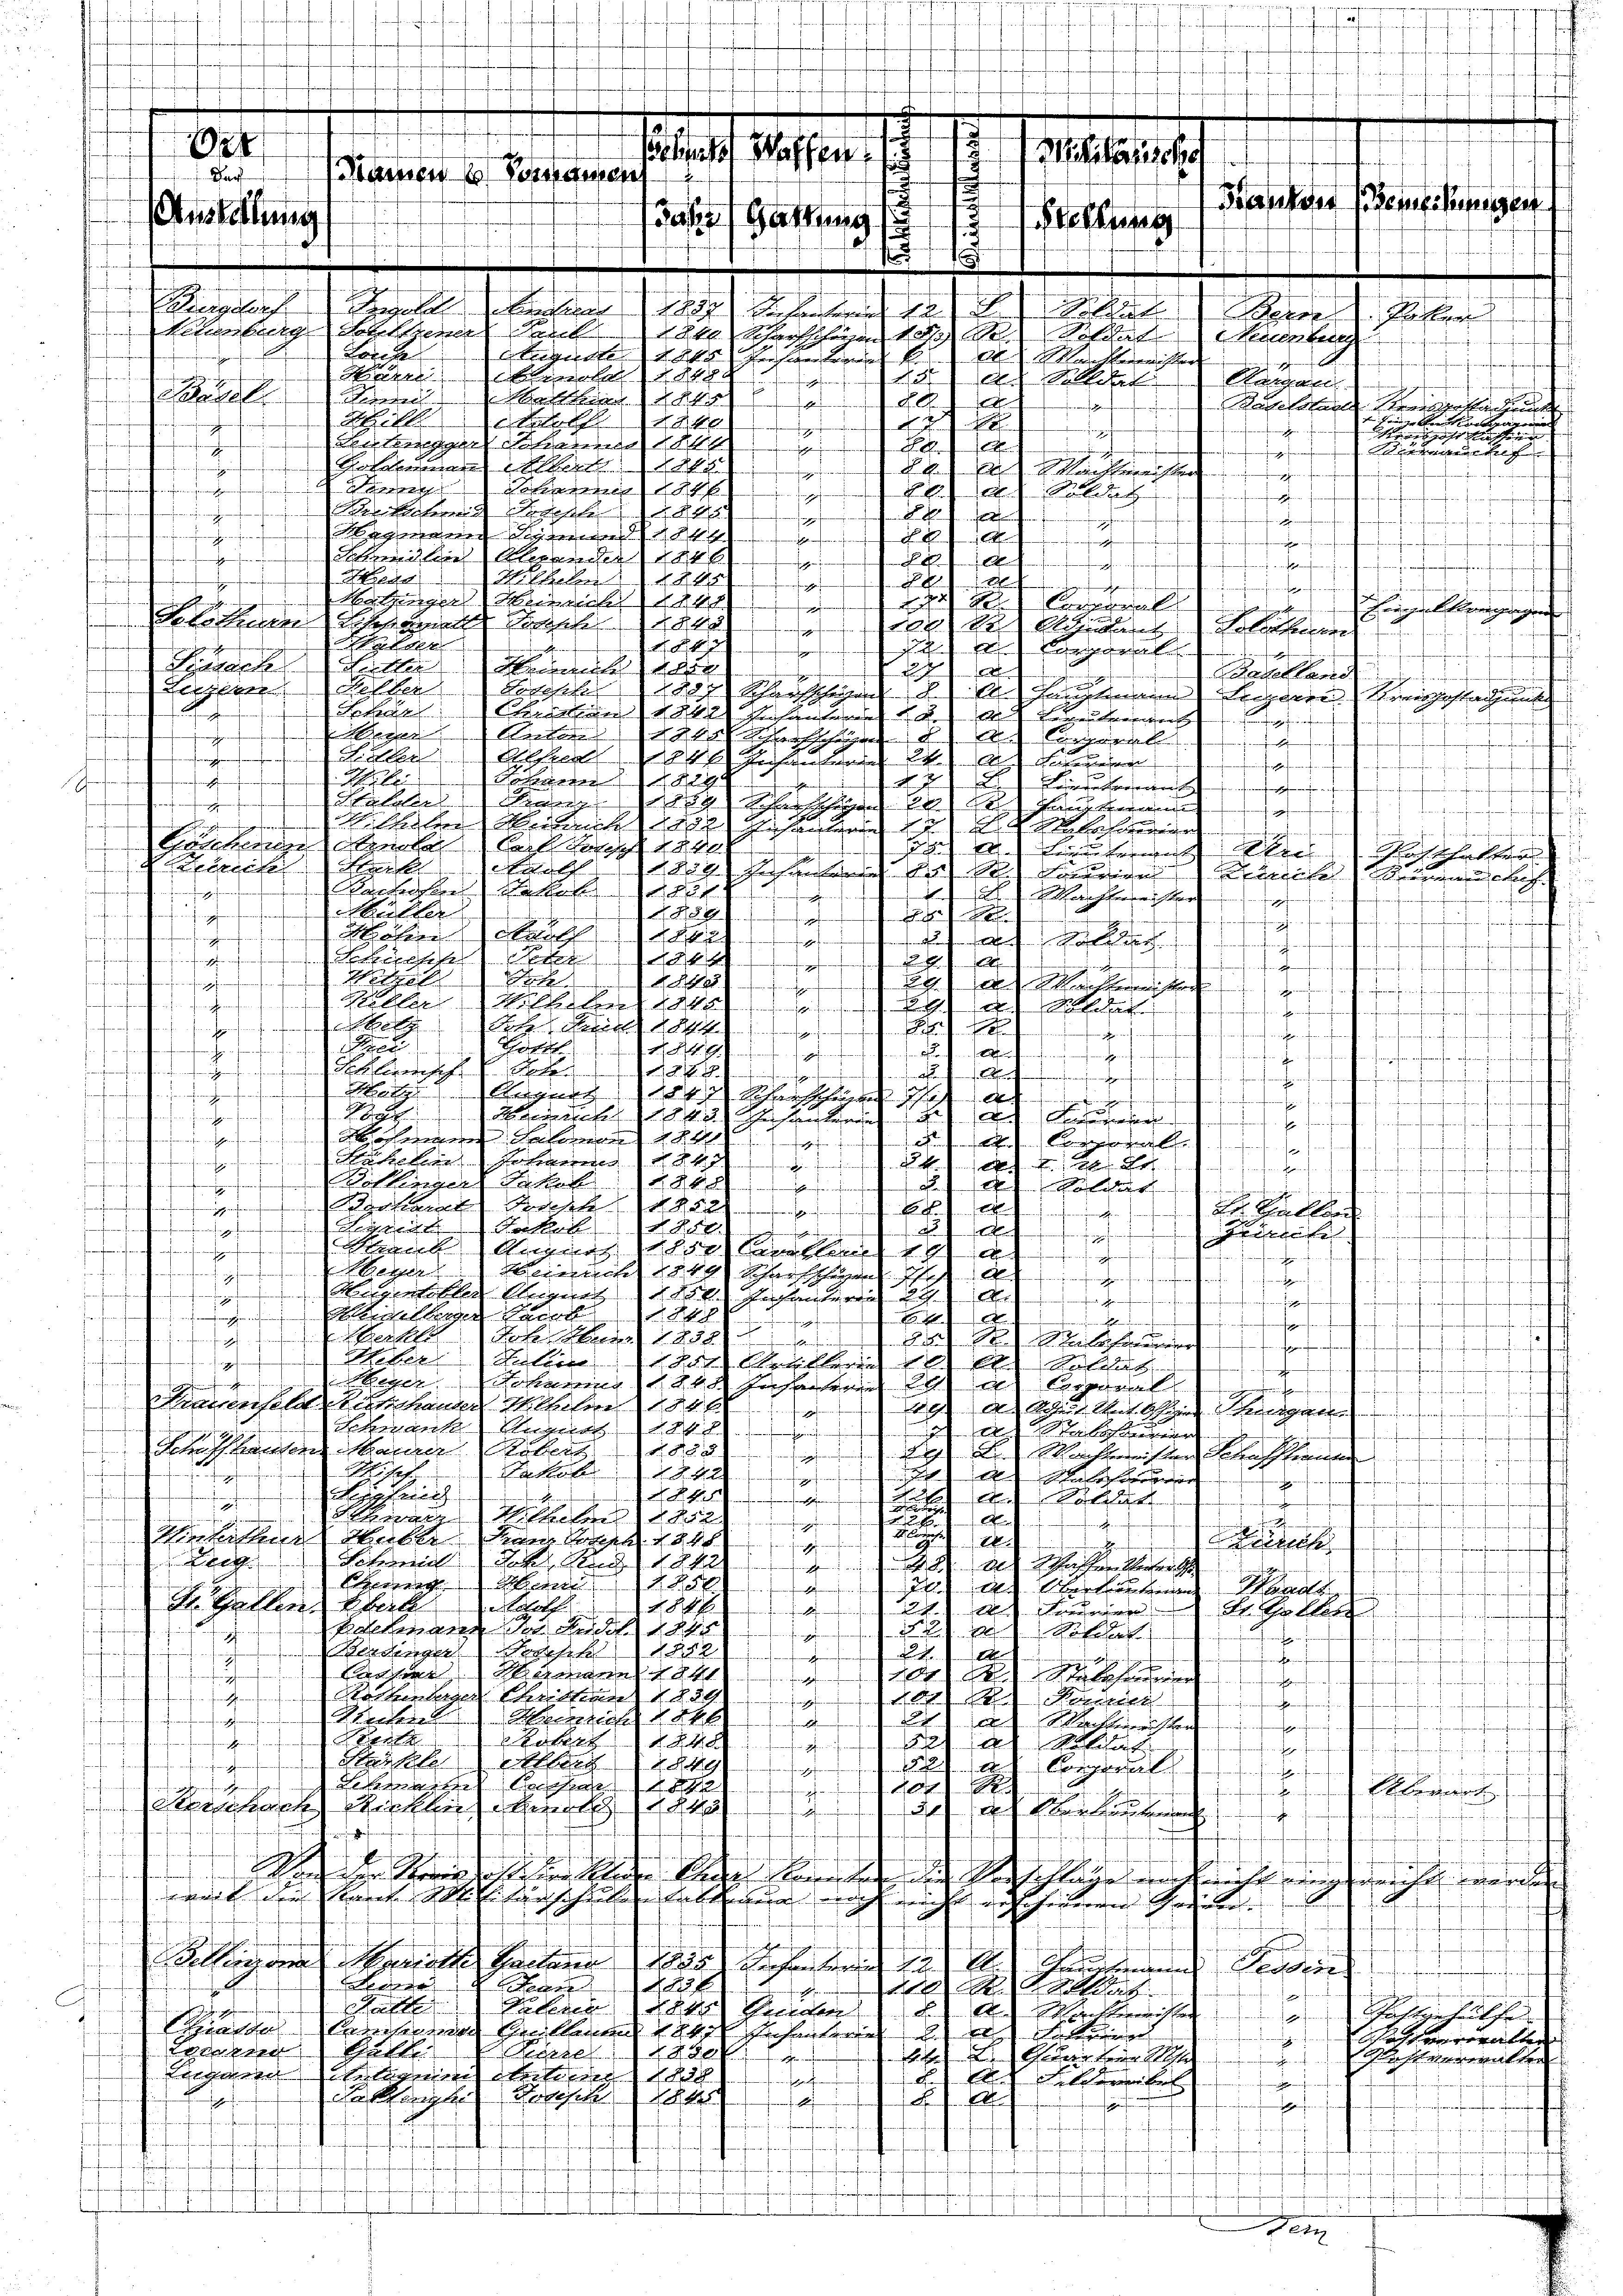
Wegen
Ruder
.
Schärer A. Corporell
.
ihohn
e
s
feren eine
Male
Sohrend 290
eseit hiesigen enfa
 2
e
.
s
Stellen Rang
ge

 Energer
f
an her
ekreten zu
Liechen Druck
Cartal 1891
Joges 14. Seiterer
a
n
el
se
enes Rech
.
2 Waffereichen
fe
anf unser gefreien unrich auch auf meisterien
Müller
889
fin freieraufen
 Jahr
.
forschriften fremdensen
.
t
Rohne schun

uh hat der
ucharfen sehen
h
f
44
4
f
senfragen feintreffend mit

1
f
h
i ne
Helle solle
 A
feifensen Beantreffen
hnen an
41

n
.
et
Tott
1849.
.
F
 effend
f
din ihren fünfmachten fre
21
a

e
fmeisern vernoffamanten

enchende unsere Bene¬
Holz Anges
aufman
 Sache ich al
beramten aufenen
i
188
Meile 1843
Demnachheim sein sein
 ds Grunden

ff
mrechten unfahren fin und eine fe
Woferner daher 1890
)Al
.
e ferne ne

Rehlen schnen 817

aechen auf geg aufen un
21. hat sie de
t
 nenne
aferfe
Rotkranch Lackel

.
A
tententenden de
Rate
Exe
.
e
d
.
Heiter Art.

fer
u
mich nie so nellen a
nedienechsene
nheiten heutenden
In mehr
eger
heanfanten sehen
 1 des
afe nach

neillen Regens sehen der le der
fenen

n
 Eier
888
u
e
1
frefeforschen
kahn 18
fruch auf
 f 0 x
 Mitt

Uber
Huliere
r Kelleinen gelas
f
.
finfund
eyer Schening 194 Jucharten
.
c Copul
nile in ein Malen 100 l
C
e
Scheit seit den Steuerge
f
Schank durch
fhe
 as Stabschauern
7
 sein eine Arbeit
 888
Schriften Ans
u
Misch
akab
X S. 42
.

gleich
t

d Sellat

e
a

rau Silber
efen
s
.
f
nwochen
f

hillen eben de
s
i
Jam Gang ein der
und
a

ohin ich und eine ab sie be
t
f
Sinner Man 1450

in ich auch und Miet
d. Gallers hab
fe
Lohof
84 x
 121. 14.
d. Aller
Poelmann in d
f
 Hafe
.
mfang in die
.
t
ardingen Rath 1822 d
.
i

Lache
Samnat 1841
nherenischen anden
02 ff.
.
f
Noten den 1859
andmanne früheren
A
Kedrich
veffen

Seiten

.
Machtersten
x
Rente
Rokes
fenfchend
ff
h
al Molit
. . . .
.
Reise a
manten, nahme nach sehen
Comparal

afen falschwerferfen
Rebmann Sachen
.
10
seine Gemeinen hat er in

Sensack wirklin 1849

0

e
rufen.
t
 Sie in eine Beschlag nicht nich
anfanten
men und ist beschen hettin mich ich nach den sein
d
b
e
f
an in seinen der m

Ra
223 f
oine
Rak
wo finde
al
Siben hinein
2 Wassenschaf
Schieden keine und halten ehelich
.
Boden An
Kassel 1880
f

lihe an die
.
Linnen mit ih
Anle
a
.
deklagte Kols
A
s
.
.
fmachen anferen fe
amtf in man a
f ihn
n
afrechen
.
frühe
fenfeinfanten derfenen

hestehen des
Verkaufen gemachen
i
wesen rechen
t
x
u
.
fenheit auf ein
f
.
wochen deute nach

.
f
.
.
2
.
desses Schaffhaft
Militarische
ke oder den
Darf
E

Bautes Semessungen
n
if
ae Gattung
ehung
d
1
t

2
E
i
A
ore
Rehlen
at Schrift für 10 R.
Poldat
 Leuenberg
.
.
een der Be
A. Der Meister
anfanten
Mein blinde de
ffen
A
An Kle
Kassariel
e

e
Lehre
29

uel
feffen
Hingesehen
Still
d
2840
gut
der Seiten
n
.
14

anzeig
g
17 auch
A
tuf |

d
nvermehren
Gesammer Reg

22.) In Nichtenheit

gehenden
Scheune 1846
Alg

.
Rachen

.

f
mein si

.
 ut in
f
niten Mauer

.
.
frücherungen
M. Gele

h
e
fnen f
eng auf eine
1
ther Meinen
  Anna
Feinhalten gegen
hohen dich an Sache
 de lange
leben
Er nach
nche die
le
1847
 i sei de
fi
.
Sensacte dette
Keise der
7
a
t
.
f
Zinsendung
Lochen Keller d
280 Schriftlichen  Es seinen Lehrere weisschlachens |
l
Erhebe
Chalen gut au
.
e
feifen

Ringeloch
oll beim hie
Neuenburg
Sotel gener l
Larche

Ball
itrete

afeanfant auchen

.
.

n
n
Nach schaften
inahe an d
n

effen
eanfanten
aft

t
e
e
 Parten unter auf einen
h u hin erf
.
e
et
.
.

dir machen
i
.
on an Han
r
tit

Wastenvoralle
senmatt

d